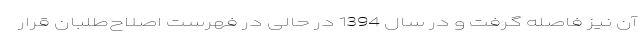
آن نیز فاصله گرفت و در سال 1394 در حالی در فهرست اصلاح‌طلبان قرار